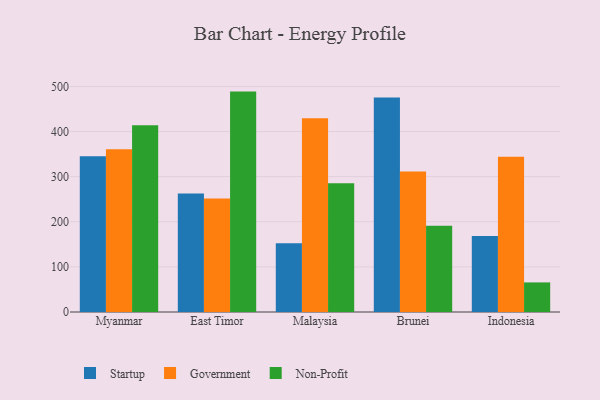
{"axis": {"x": "Country", "y": "Net Income (USD K)"}, "legend": ["Government", "Non-Profit", "Startup"], "data": [{"x": "Myanmar", "y": 345.2, "type": "Startup"}, {"x": "Myanmar", "y": 360.6, "type": "Government"}, {"x": "Myanmar", "y": 413.9, "type": "Non-Profit"}, {"x": "East Timor", "y": 262.5, "type": "Startup"}, {"x": "East Timor", "y": 251.4, "type": "Government"}, {"x": "East Timor", "y": 488.6, "type": "Non-Profit"}, {"x": "Malaysia", "y": 152.3, "type": "Startup"}, {"x": "Malaysia", "y": 429.4, "type": "Government"}, {"x": "Malaysia", "y": 285.7, "type": "Non-Profit"}, {"x": "Brunei", "y": 475.6, "type": "Startup"}, {"x": "Brunei", "y": 311.4, "type": "Government"}, {"x": "Brunei", "y": 191.3, "type": "Non-Profit"}, {"x": "Indonesia", "y": 168.6, "type": "Startup"}, {"x": "Indonesia", "y": 344.0, "type": "Government"}, {"x": "Indonesia", "y": 65.6, "type": "Non-Profit"}]}